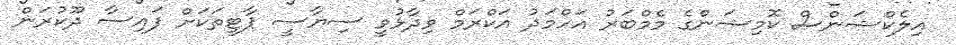
އިލެކްޝަންސް ކޮމިޝަންގެ މެމްބަރު އަހްމަދު އަކްރަމް ވިދާޅުވީ ސިޔާސީ ޕާޓީތަކަށް ފައިސާ ދޫކުރަން